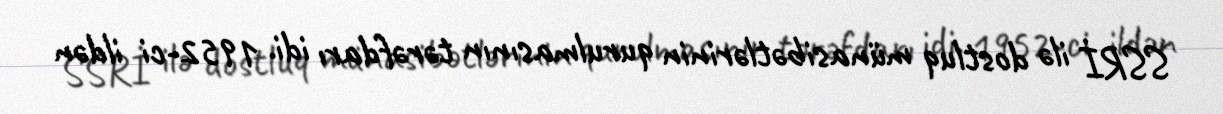
SSRİ ilə dostluq münasibətlərinin qurulmasının tərəfdarı idi. 1952-ci ildən